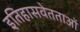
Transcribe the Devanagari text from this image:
इतिहासवेतताओं